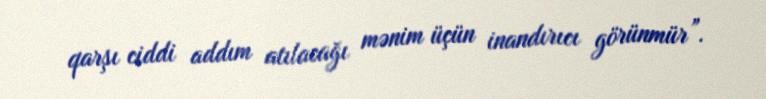
qarşı ciddi addım atılacağı mənim üçün inandırıcı görünmür”.